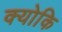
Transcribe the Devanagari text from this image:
क्‍योकि